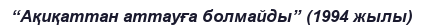
“Ақиқаттан аттауға болмайды” (1994 жылы)